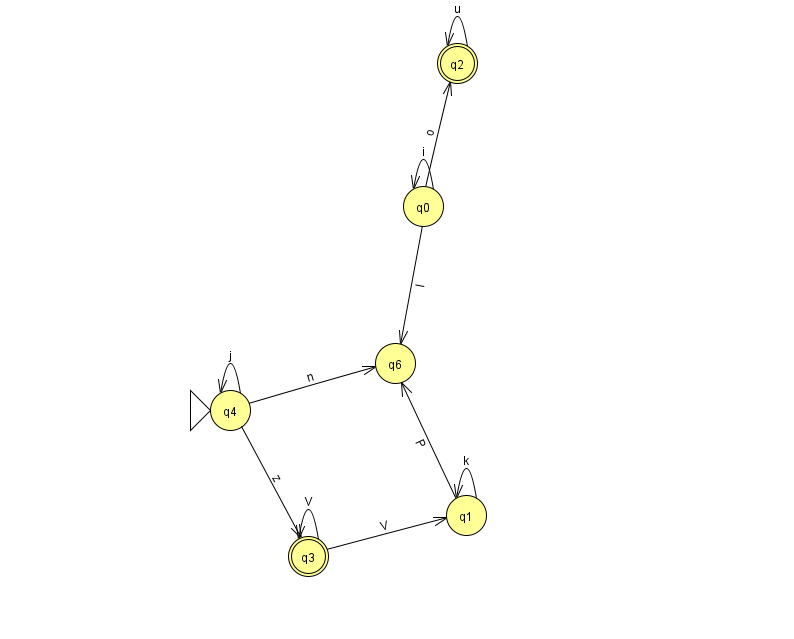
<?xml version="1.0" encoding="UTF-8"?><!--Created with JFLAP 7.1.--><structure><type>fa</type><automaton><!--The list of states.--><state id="0" name="q0"><x>423.0</x><y>193.0</y></state><state id="1" name="q1"><x>466.0</x><y>502.0</y></state><state id="2" name="q2"><x>457.0</x><y>50.0</y><final/></state><state id="3" name="q3"><x>308.0</x><y>543.0</y><final/></state><state id="4" name="q4"><x>230.0</x><y>397.0</y><initial/></state><state id="6" name="q6"><x>395.0</x><y>350.0</y></state><!--The list of transitions.--><transition><from>0</from><to>2</to><read>o</read></transition><transition><from>1</from><to>6</to><read>P</read></transition><transition><from>4</from><to>6</to><read>n</read></transition><transition><from>2</from><to>2</to><read>u</read></transition><transition><from>3</from><to>3</to><read>V</read></transition><transition><from>0</from><to>6</to><read>I</read></transition><transition><from>0</from><to>0</to><read>i</read></transition><transition><from>4</from><to>3</to><read>z</read></transition><transition><from>4</from><to>4</to><read>j</read></transition><transition><from>1</from><to>1</to><read>k</read></transition><transition><from>3</from><to>1</to><read>V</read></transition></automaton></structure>